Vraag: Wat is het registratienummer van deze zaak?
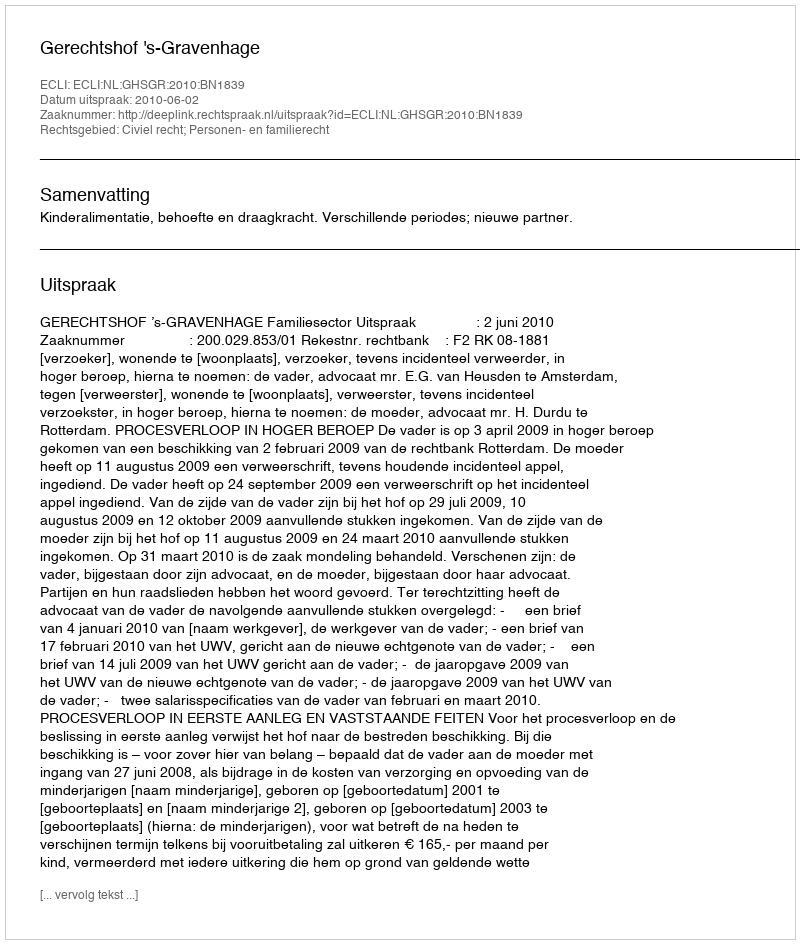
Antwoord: http://deeplink.rechtspraak.nl/uitspraak?id=ECLI:NL:GHSGR:2010:BN1839